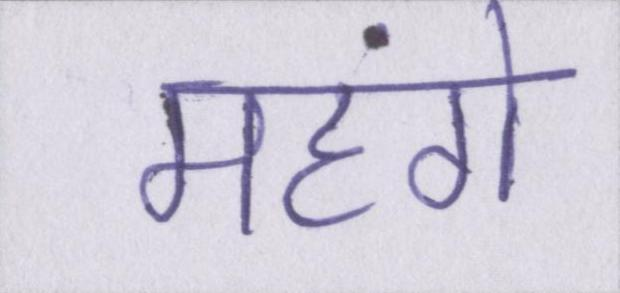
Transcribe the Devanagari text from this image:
महंगे